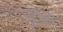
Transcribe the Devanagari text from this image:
स्टूप्स